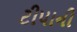
ટીપાની